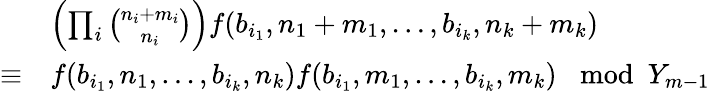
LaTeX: \begin{array}{rl}&{\left(\prod_{i}\binom{n_{i}+m_{i}}{n_{i}}\right)f(b_{i_{1}},n_{1}+m_{1},\ldots,b_{i_{k}},n_{k}+m_{k})}\\ {\equiv}&{f(b_{i_{1}},n_{1},\ldots,b_{i_{k}},n_{k})f(b_{i_{1}},m_{1},\ldots,b_{i_{k}},m_{k})\mod Y_{m-1}}\end{array}